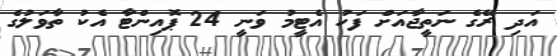
އަދި ރޭގެ ނަތީޖާއަށް ފަހު އެޓީމު ވަނީ 24 ޕޮއިންޓާ އެކު ތާވަލުގެ